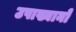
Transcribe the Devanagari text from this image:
उपाख्यानो